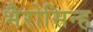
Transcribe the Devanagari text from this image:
भैरोसिन्ह